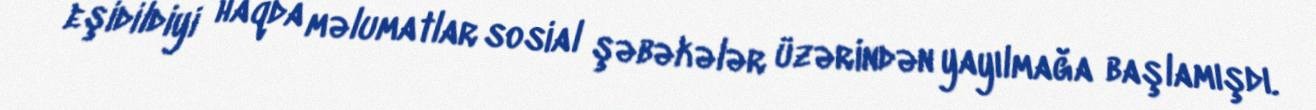
eşidildiyi haqda məlumatlar sosial şəbəkələr üzərindən yayılmağa başlamışdı.